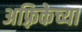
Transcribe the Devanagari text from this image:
अफ़्रिकेच्या